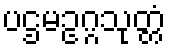
ပဌမဥဂ္ဂသုတ္တံ